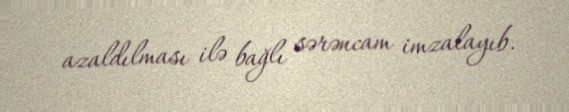
azaldılması ilə bağlı sərəncam imzalayıb.